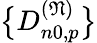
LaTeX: \bigl\{ D_{n0,p}^{(\mathfrak{N})}\bigr\}